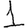
Digit: 1